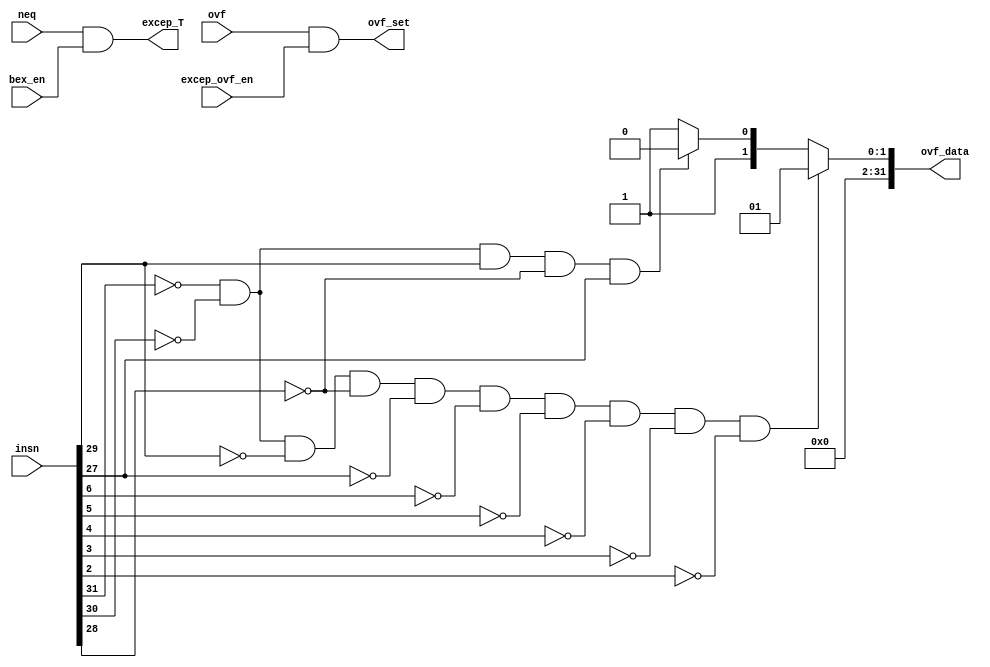
module excep_controller(
    input bex_en,
    input excep_ovf_en,
    input neq,
    input ovf,
    input [31:0] insn,

    output ovf_set,
    output excep_T,
    output [31:0] ovf_data
    
);

assign excep_T = neq & bex_en;

wire is_add, is_addi, is_sub;
assign is_add = (~insn[31]&~insn[30]&~insn[29]&~insn[28]&~insn[27]&~insn[6]&~insn[5]&~insn[4]&~insn[3]&~insn[2]);

assign is_addi = (~insn[31]&~insn[30]& insn[29]&~insn[28]& insn[27]);

assign is_sub = (~insn[31]&~insn[30]&~insn[29]&~insn[28]&~insn[27]&~insn[6]&~insn[5]&~insn[4]&~insn[3]& insn[2]);

assign ovf_set = ovf & excep_ovf_en;

assign ovf_data =   (is_add) ? 32'd1 :
                    (is_addi) ? 32'd2 :
                    32'd3;



endmodule